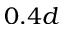
0 . 4 d